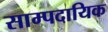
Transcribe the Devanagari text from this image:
साम्पदायिक